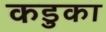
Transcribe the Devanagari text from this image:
कडुका